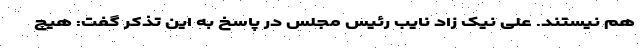
هم نیستند. علی نیک زاد نایب رئیس مجلس در پاسخ به این تذکر گفت: هیچ